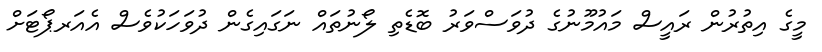
މީގެ އިތުރުން ރައީސް މައުމޫނުގެ ދުވަސްވަރު ބޮޑެތި ލޯނުތައް ނަގައިގެން ދުވަހަކުވެސް އެއަރޕޯޓަށް